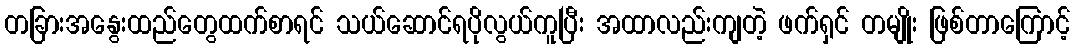
တခြားအနွေးထည်တွေထက်စာရင် သယ်ဆောင်ရပိုလွယ်ကူပြီး အထာလည်းကျတဲ့ ဖက်ရှင် တမျိုး ဖြစ်တာကြောင့်